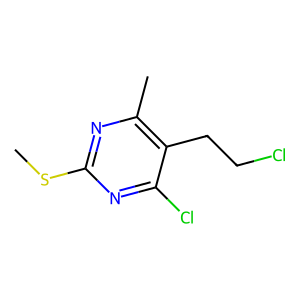
SMILES: CSc1nc(C)c(CCCl)c(Cl)n1
Inhibits HIV replication: No